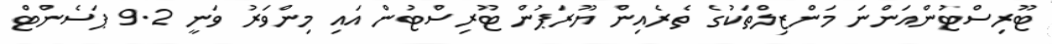
ޓޫރިސްޓުންއަންނަ މަންޒިލްތަކުގެ ތެރެއިން ޔޫރަޕުން ޓޫރިސްޓުން އައި މިންވަރު ވަނީ 9.2 ޕަސެންޓް